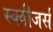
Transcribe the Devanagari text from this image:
स्क्वीजर्स